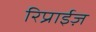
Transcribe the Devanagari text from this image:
रिप्राईज़